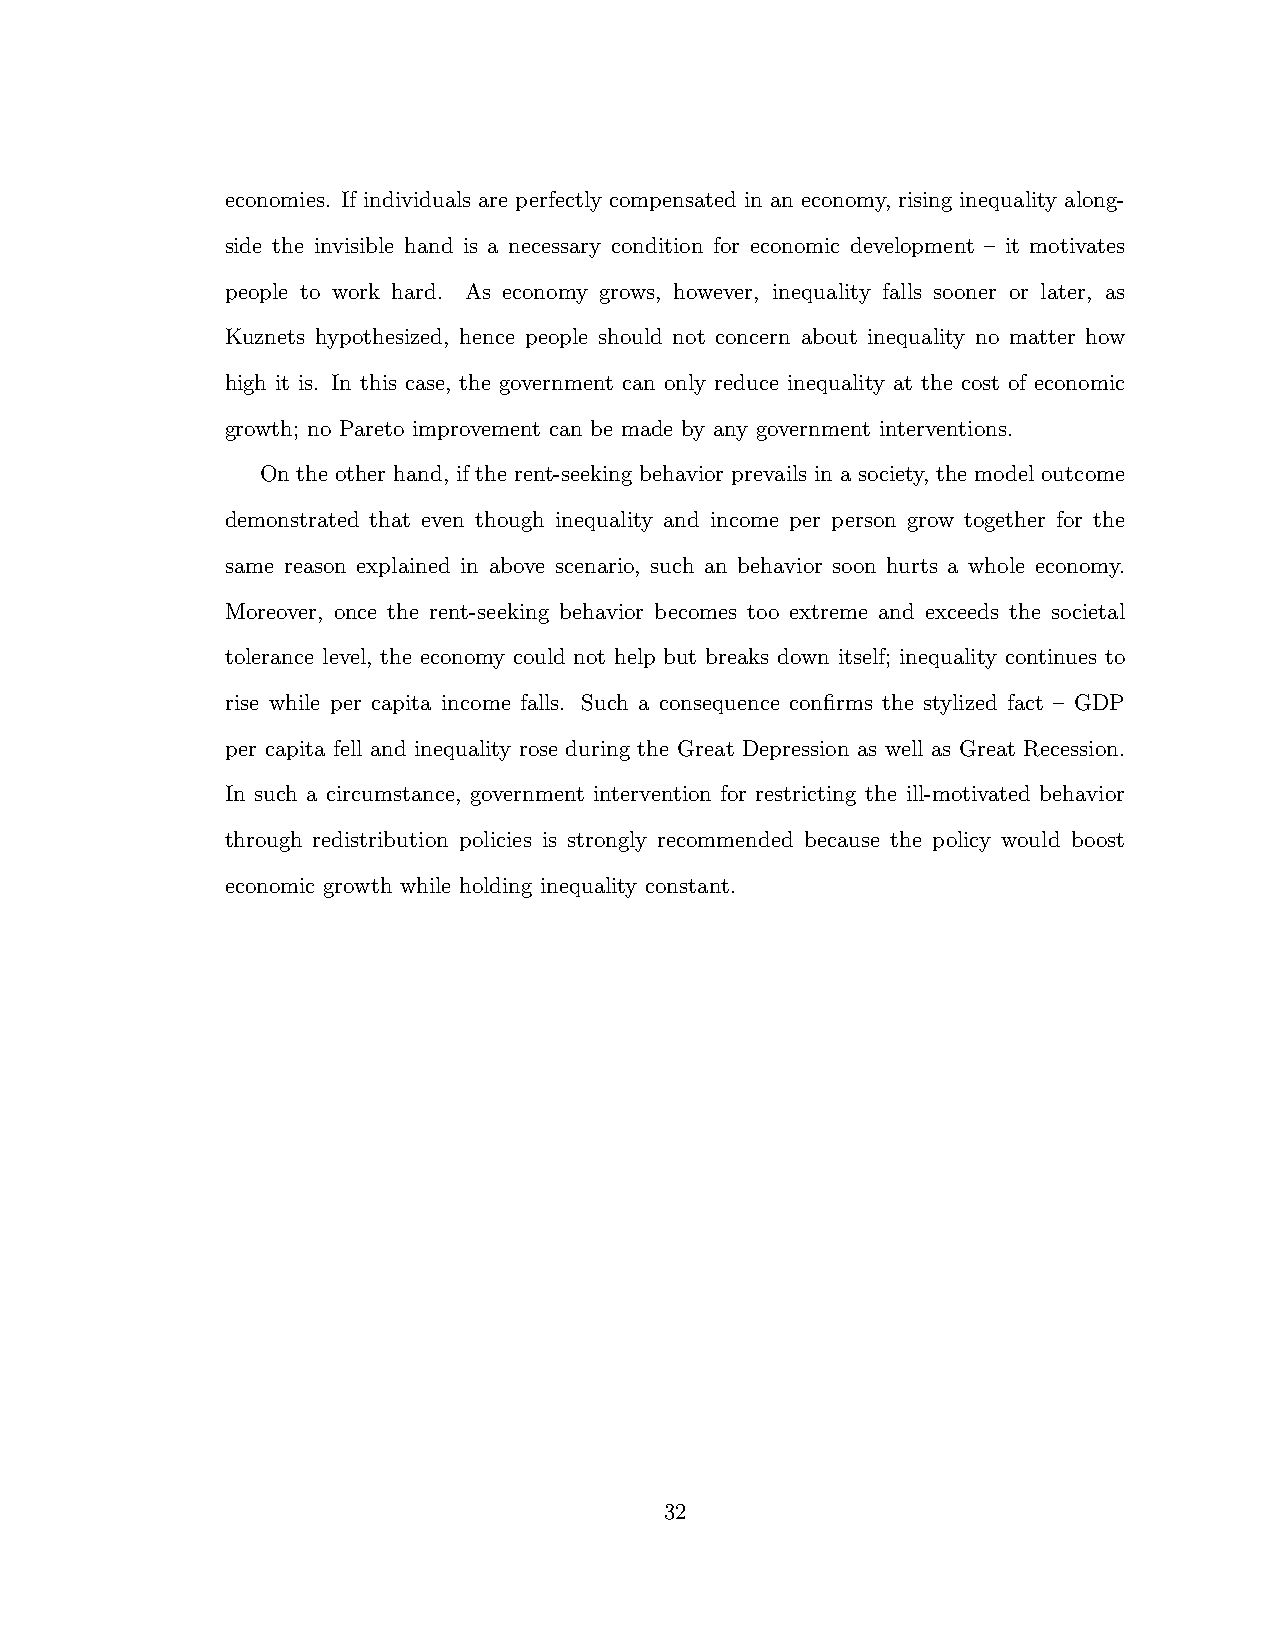
economies. If individuals are perfectly compensated in an economy, rising inequality along-
 side the invisible hand is a necessary condition for economic development – it motivates
 people to work hard. As economy grows, however, inequality falls sooner or later, as
 Kuznets hypothesized, hence people should not concern about inequality no matter how
 high it is. In this case, the government can only reduce inequality at the cost of economic
 growth; no Pareto improvement can be made by any government interventions.
 On the other hand, if the rent-seeking behavior prevails in a society, the model outcome
 demonstrated that even though inequality and income per person grow together for the
 same reason explained in above scenario, such an behavior soon hurts a whole economy.
 Moreover, once the rent-seeking behavior becomes too extreme and exceeds the societal
 tolerance level, the economy could not help but breaks down itself; inequality continues to
 rise while per capita income falls. Such a consequence confirms the stylized fact – GDP
 per capita fell and inequality rose during the Great Depression as well as Great Recession.
 In such a circumstance, government intervention for restricting the ill-motivated behavior
 through redistribution policies is strongly recommended because the policy would boost
 economic growth while holding inequality constant.
 32